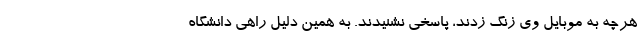
هرچه به موبایل وی زنگ زدند، پاسخی نشنیدند. به همین دلیل راهی دانشگاه